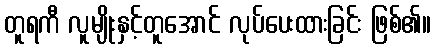
တူရကီ လူမျိုးနှင့်တူအောင် လုပ်ပေးထားခြင်း ဖြစ်၏။